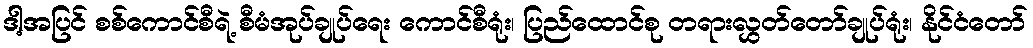
ဒါ့အပြင် စစ်ကောင်စီရဲ့ စီမံအုပ်ချုပ်ရေး ကောင်စီရုံး၊ ပြည်ထောင်စု တရားလွှတ်တော်ချုပ်ရုံး၊ နိုင်ငံတော်